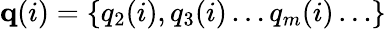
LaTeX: {\mathbf q}(i)=\{ q_{2}(i),q_{3}(i)\ldots q_{m}(i)\ldots\}